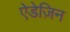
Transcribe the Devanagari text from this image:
ऐडेज़िन